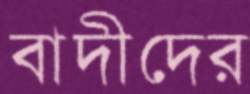
বাদীদের